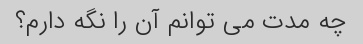
چه مدت می توانم آن را نگه دارم؟